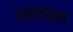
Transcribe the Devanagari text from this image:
उत्तरोत्सव